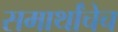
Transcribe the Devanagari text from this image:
समार्थांचेच